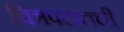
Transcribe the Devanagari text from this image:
चित्रपटातची